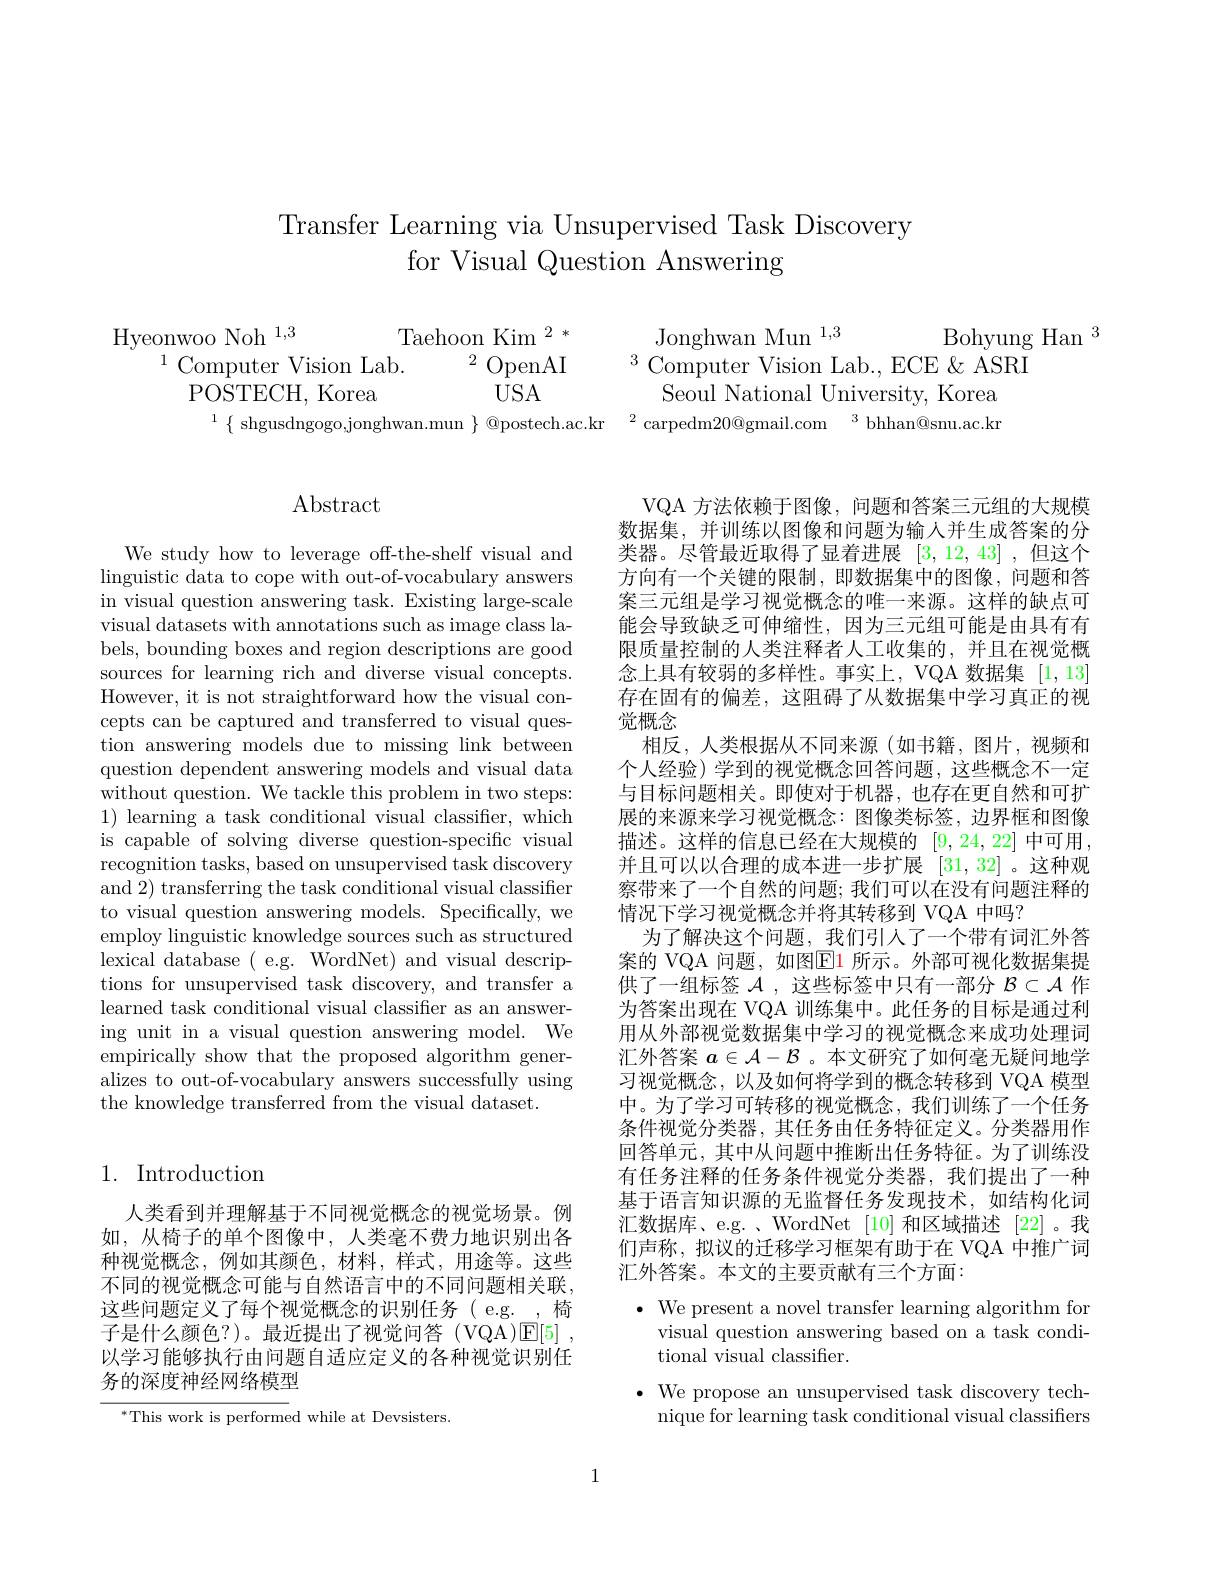
# Transfer Learning via Unsupervised Task Discovery for Visual Question Answering

Hyeonwoo Noh$^{1,3}$Taehoon Kim$^{2*}$Jonghwan Mun$^{1,3}$Bohyung Ha POSTECH, Korea USA Seoul National University, Korea
$\{$ shgusdngogo,jonghwan.mun $\}$ @postech.ac.k

# $\operatorname{Abstract}$

We study how to leverage off-the-shelf visual and linguistic data to cope with out-of-vocabulary answers in visual question answering task. Existing large-scale visual datasets with annotations such as image class labels, bounding boxes and region descriptions are good sources for learning rich and diverse visual concepts. However, it is not straightforward how the visual concepts can be captured and transferred to visual question answering models due to missing link between question dependent answering models and visual data without question. We tackle this problem in two steps: 1) learning a task conditional visual classifier, which is capable of solving diverse question-specific visual recognition tasks, based on unsupervised task discovery and 2) transferring the task conditional visual classifier to visual question answering models. Specifically, we employ linguistic knowledge sources such as structured lexical database( e.g. WordNet) and visual descriptions for unsupervised task discovery, and transfer a learned task conditional visual classifier as an answering unit in a visual question answering model. We empirically show that the proposed algorithm generalizes to out-of-vocabulary answers successfully using the knowledge transferred from the visual dataset.

## 1. Introduction

人类看到并理解基于不同视觉概念的视觉场景。例如，从椅子的单个图像中，人类毫不费力地识别出各种视觉概念，例如其颜色，材料，样式，用途等。这些不同的视觉概念可能与自然语言中的不同问题相关联， 这些问题定义了每个视觉概念的识别任务( e.g. , 椅子是什么颜色？)。最近提出了视觉问答(VQA)E[5], 以学习能够执行由问题自适应定义的各种视觉识别任务的深度神经网络模型

$^{*}$This work is performed while at Devsisters

VQA 方法依赖于图像，问题和答案三元组的大规模数据集，并训练以图像和问题为输入并生成答案的分类器。尽管最近取得了显着进展[3,12,43] ,但这个方向有一个关键的限制，即数据集中的图像，问题和答案三元组是学习视觉概念的唯一来源。这样的缺点可能会导致缺乏可伸缩性，因为三元组可能是由具有有限质量控制的人类注释者人工收集的，并且在视觉概念上具有较弱的多样性。事实上，VQA 数据集[1,13] 存在固有的偏差，这阻碍了从数据集中学习真正的视觉概念
相反，人类根据从不同来源(如书籍，图片，视频和个人经验) 学到的视觉概念回答问题，这些概念不一定与目标问题相关。即使对于机器，也存在更自然和可扩展的来源来学习视觉概念：图像类标签，边界框和图像描述。这样的信息已经在大规模的 [9,24,22] 中可用， 并且可以以合理的成本进一步扩展[31,32] 。这种观察带来了一个自然的问题；我们可以在没有问题注释的情况下学习视觉概念并将其转移到 VQA 中吗？
为了解决这个问题，我们引入了一个带有词汇外答案的 VQA 问题，如图$\boxed{\mathrm{E}}1$ 所示。外部可视化数据集提供了一组标签$\mathcal{A}$,这些标签中只有一部分$\mathcal{B}\subset\mathcal{A}$作为答案出现在 VQA 训练集中。此任务的目标是通过利用从外部视觉数据集中学习的视觉概念来成功处理词汇外答案$a\in\mathcal{A}-\mathcal{B}$ 。本文研究了如何毫无疑问地学习视觉概念，以及如何将学到的概念转移到 VQA 模型中。为了学习可转移的视觉概念，我们训练了一个任务条件视觉分类器，其任务由任务特征定义。分类器用作回答单元，其中从问题中推断出任务特征。为了训练没有任务注释的任务条件视觉分类器，我们提出了一种基于语言知识源的无监督任务发现技术，如结构化词汇数据库、e.g. . WordNet [10] 和区域描述 [22]。我们声称，拟议的迁移学习框架有助于在 VQA 中推广词汇外答案。本文的主要贡献有三个方面：
$\bullet$ We present a novel transfer learning algorithm for
visual question answering based on a task condi-
tional visual classifier.

$\bullet$ We propose an unsupervised task discovery tech-
nique for learning task conditional visual classifiers

1